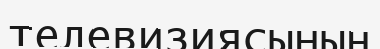
телевизиясының